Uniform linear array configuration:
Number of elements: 4
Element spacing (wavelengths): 1
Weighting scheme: exponential
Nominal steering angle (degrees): -60
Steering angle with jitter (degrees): -61.004
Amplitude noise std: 0.05
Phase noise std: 0.05

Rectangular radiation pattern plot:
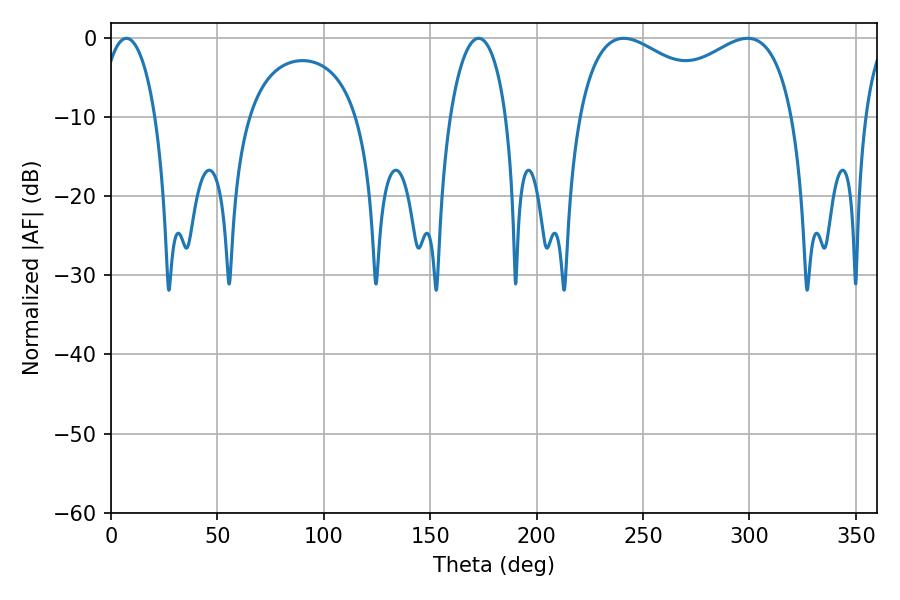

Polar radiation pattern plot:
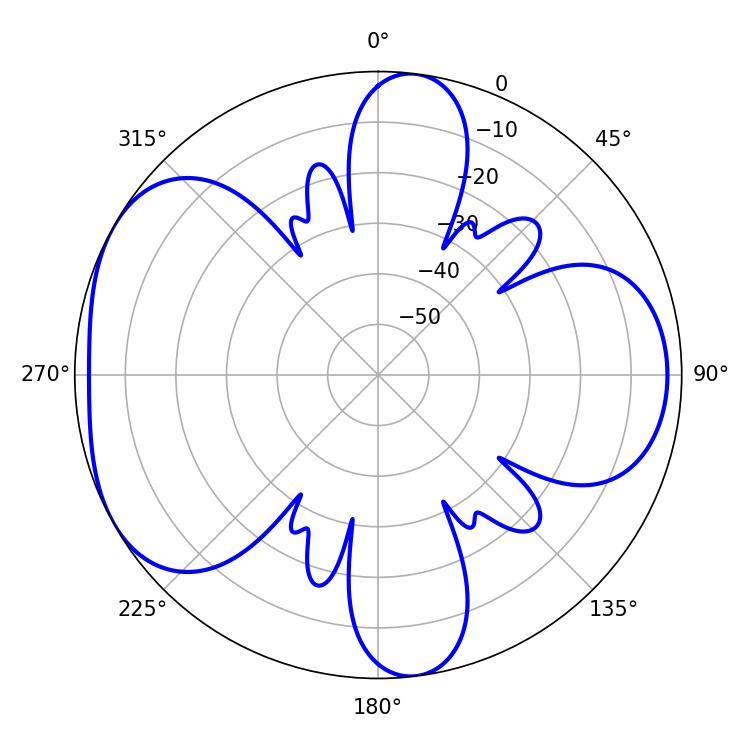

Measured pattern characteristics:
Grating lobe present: TRUE
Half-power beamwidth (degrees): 83.88
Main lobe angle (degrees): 240.84